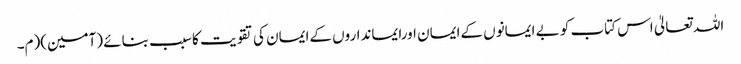
اللہ تعالیٰ اس کتاب کو بے ایمانوں کےایمان اورایمانداروں کےایمان کی تقویت کاسبب بنائے (آمین)(م۔